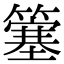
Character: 簺